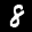
Label: 8